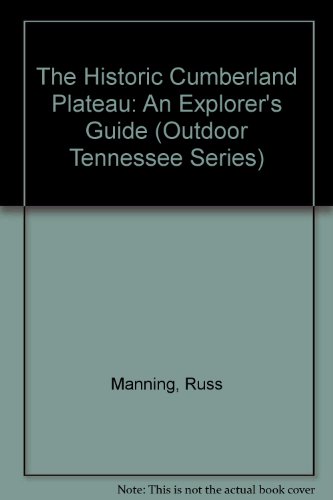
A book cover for The Historic Cumberland Plateau: An Explorer's Guide (Outdoor Tennessee Series); Russ Manning; Travel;